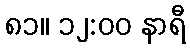
၈၁။ ၁၂:၀၀ နာရီ